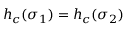
h _ { c } ( \sigma _ { 1 } ) = h _ { c } ( \sigma _ { 2 } )